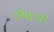
ઉચપા